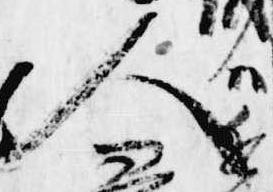
人